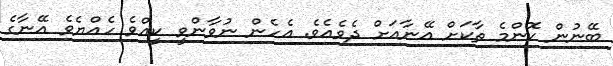
ބޭނުން ކޮންމެ ތާކަށް އޭނާއަށް ދެވެއެވެ. އެހެން ނުވާންވީ ކީއްވެ ހެއްޔެވެ އޭނާގެ